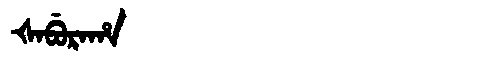
Manchu: ᡧᠠᠪᡠᡵᠠᡥᠠ
Romanization: ŠABURAHA